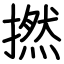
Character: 撚